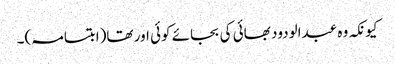
کیونکہ وہ عبدالودود بھائی کی بجائے کوئی اور تھا(ابتسامہ)۔